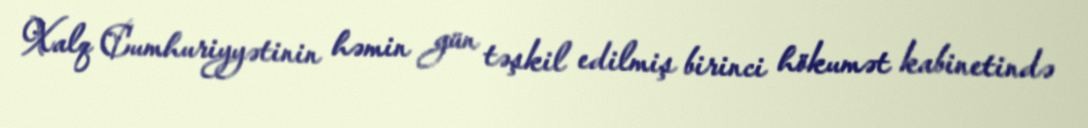
Xalq Cumhuriyyətinin həmin gün təşkil edilmiş birinci hökumət kabinetində